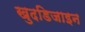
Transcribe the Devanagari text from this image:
खुदडिजाइन